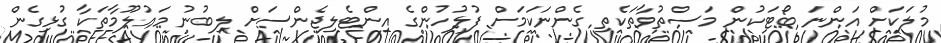
މުލަކަށް އަންނަ ބޯޓަކުން މަސްތުވާތަކެތި ގެންނަކަމަށް ފުލުހުންގެ އިންޓެލިޖެންސަށް ލިބުނު މަޢުލޫމާތަކާ ގުޅިގެން